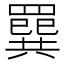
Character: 𦌔